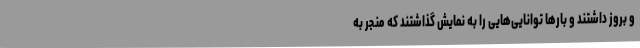
و بروز داشتند و بارها توانایی‌هایی را به نمایش گذاشتند که منجر به